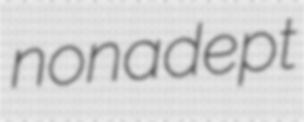
nonadept